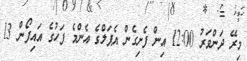
މިރޭ ދަންވަރު 12:00 އިން ފެށިގެން އެޕަލްގެ އެންމެ ފަހުގެ އައިފޯން 13